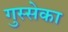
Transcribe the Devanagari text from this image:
गुस्सेका